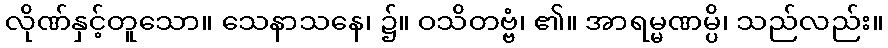
လိုဏ်နှင့်တူသော။ သေနာသနေ၊ ၌။ ဝသိတဗ္ဗံ၊ ၏။ အာရမ္မဏမ္ပိ၊ သည်လည်း။